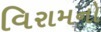
વિરામનો